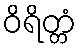
ဝိရိတ္တံ